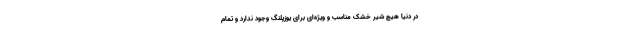
در دنیا هیچ شیر خشک مناسب و ویژه‌ای برای یوزپلنگ وجود ندارد و تمام